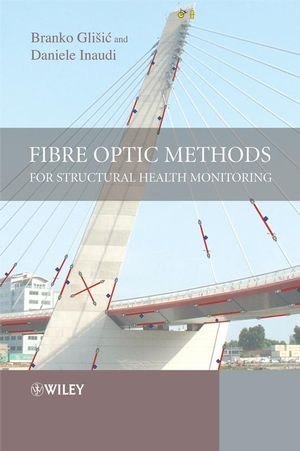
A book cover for Fibre Optic Methods for Structural Health Monitoring; Branko Glisic; Health, Fitness & Dieting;